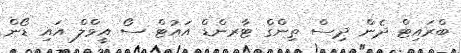
ބްރައިޓް ދެން ދިސް ތިންގް ޓާރންޑް އައުޓް ސޯ އީވްލް އައި ޑޯން